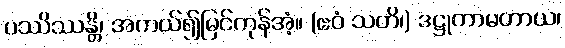
ပဿိဿန္တိ၊ အကယ်၍မြင်ကုန်အံ့။ (ဧဝံ သတိ၊) ဒဋ္ဌုကာမတာယ၊